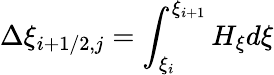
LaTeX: \displaystyle\Delta\xi_{i+1/2,j}=\int_{\xi_{i}}^{\xi_{i+1}}H_{\xi}d\xi